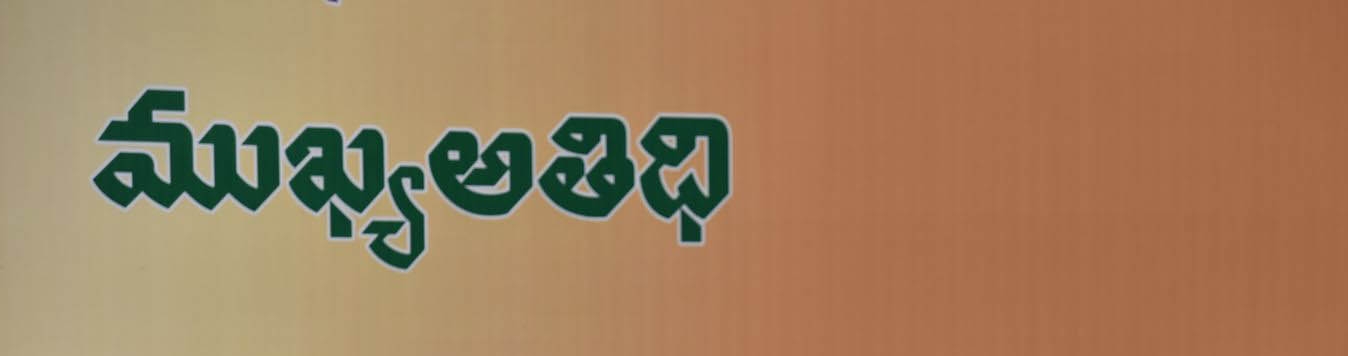
Language: telugu
Transcription: అతిధి ముఖ్య